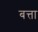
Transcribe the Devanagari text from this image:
बत्ता